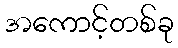
အကောင့်တစ်ခု